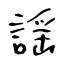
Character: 謡